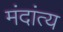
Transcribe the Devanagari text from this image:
मंदांत्य